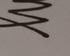
Signature authenticity: genuine